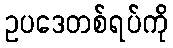
ဥပဒေတစ်ရပ်ကို